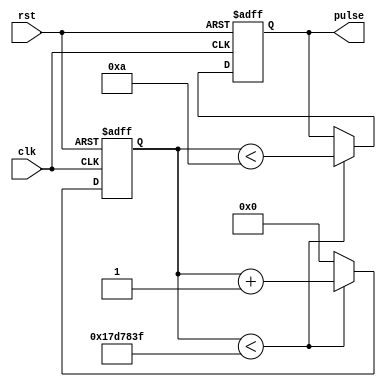
module SimplePulseGenerator (
    input wire clk,
    input wire rst,
    output reg pulse
);

parameter PULSE_WIDTH = 10; // Width of the pulse in clock cycles
parameter PULSE_FREQ = 2; // Frequency of the pulse in Hz

reg [31:0] counter;

always @(posedge clk or posedge rst) begin
    if (rst) begin
        counter <= 0;
        pulse <= 0;
    end else begin
        if (counter < (50000000 / PULSE_FREQ) - 1) begin
            counter <= counter + 1;
            pulse <= (counter < PULSE_WIDTH);
        end else begin
            counter <= 0;
        end
    end
end

endmodule